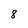
Character: 8